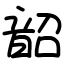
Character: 韶